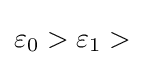
\varepsilon _{0}>\varepsilon _{1}>